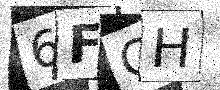
Text: 6FOH